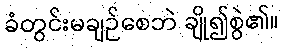
ခံတွင်းမချဉ်စေဘဲ ချို၍စွဲ၏။